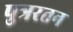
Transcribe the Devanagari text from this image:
पुत्ररतन